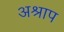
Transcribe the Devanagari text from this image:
अश्राप